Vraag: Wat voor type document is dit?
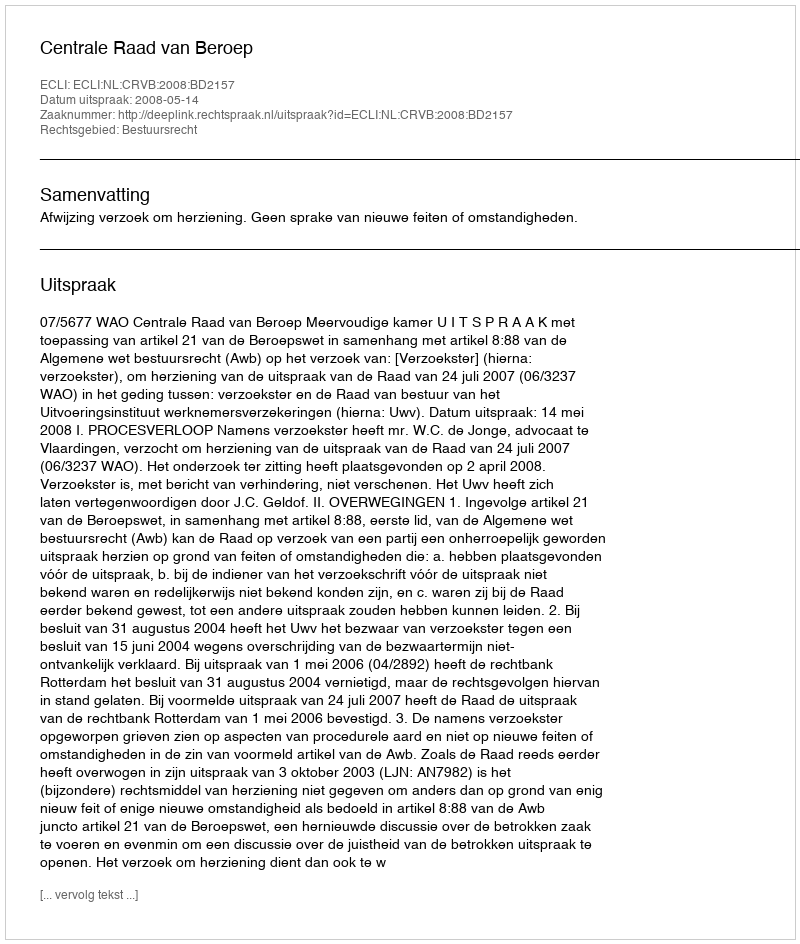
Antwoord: Uitspraak